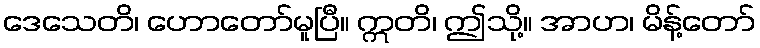
ဒေသေတိ၊ ဟောတော်မူပြီ။ ဣတိ၊ ဤသို့။ အာဟ၊ မိန့်တော်